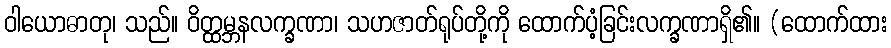
ဝါယောဓာတု၊ သည်။ ဝိတ္ထမ္ဘနလက္ခဏာ၊ သဟဇာတ်ရုပ်တို့ကို ထောက်ပံ့ခြင်းလက္ခဏာရှိ၏။ (ထောက်ထား